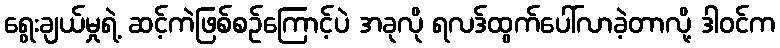
ရွေးချယ်မှုရဲ့ ဆင့်ကဲဖြစ်စဉ်ကြောင့်ပဲ အခုလို ရလဒ်ထွက်ပေါ်လာခဲ့တာလို့ ဒါဝင်က